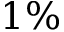
1 \%